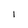
Character: l